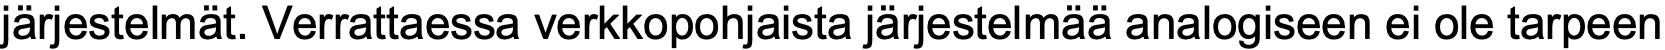
järjestelmät. Verrattaessa verkkopohjaista järjestelmää analogiseen ei ole tarpeen